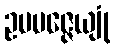
ဥပပဇ္ဇေယျုံ